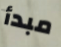
مبدأ